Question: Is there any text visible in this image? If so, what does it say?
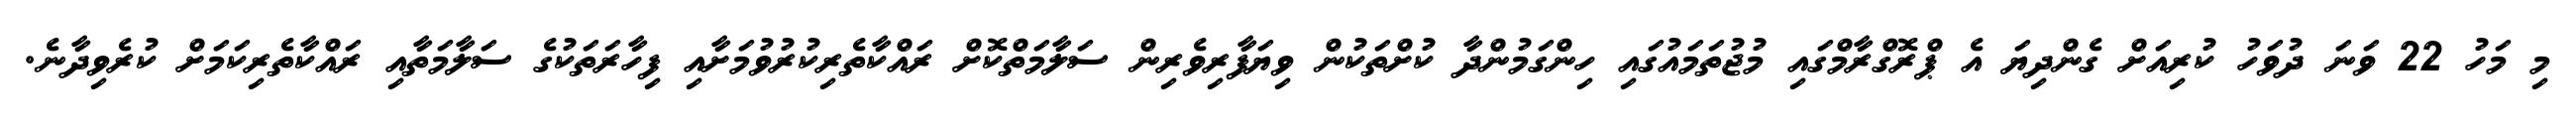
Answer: މި މަހު 22 ވަނަ ދުވަހު ކުރިއަށް ގެންދިޔަ އެ ޕްރޮގްރާމްގައި މުޖުތަމައުގައި ހިންގަމުންދާ ކުށްތަކުން ވިޔަފާރިވެރިން ސަލާމަތްކޮށް ރައްކާތެރިކުރުވުމަށާއި ފިހާރަތަކުގެ ސަލާމަތާއި ރައްކާތެރިކަމަށް ކުރެވިދާނެ.